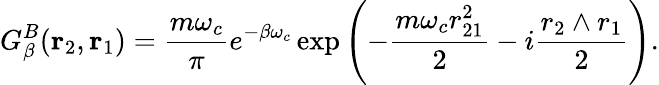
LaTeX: G_{\beta}^{B}(\mathrm{\mathbf r}_{2},\mathrm{\mathbf r}_{1})={\frac{m\omega_{c}}{\pi}}e^{-\beta\omega_{c}}\exp\left(-{\frac{m\omega_{c}r_{21}^{2}}{2}}-i{\frac{r_{2}\wedge r_{1}}{2}}\right).